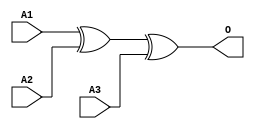
module MJXOR3B(A1, A2, A3, O);
input   A1;
input   A2;
input   A3;
output  O;
xor g0(O, A1, A2, A3);
endmodule